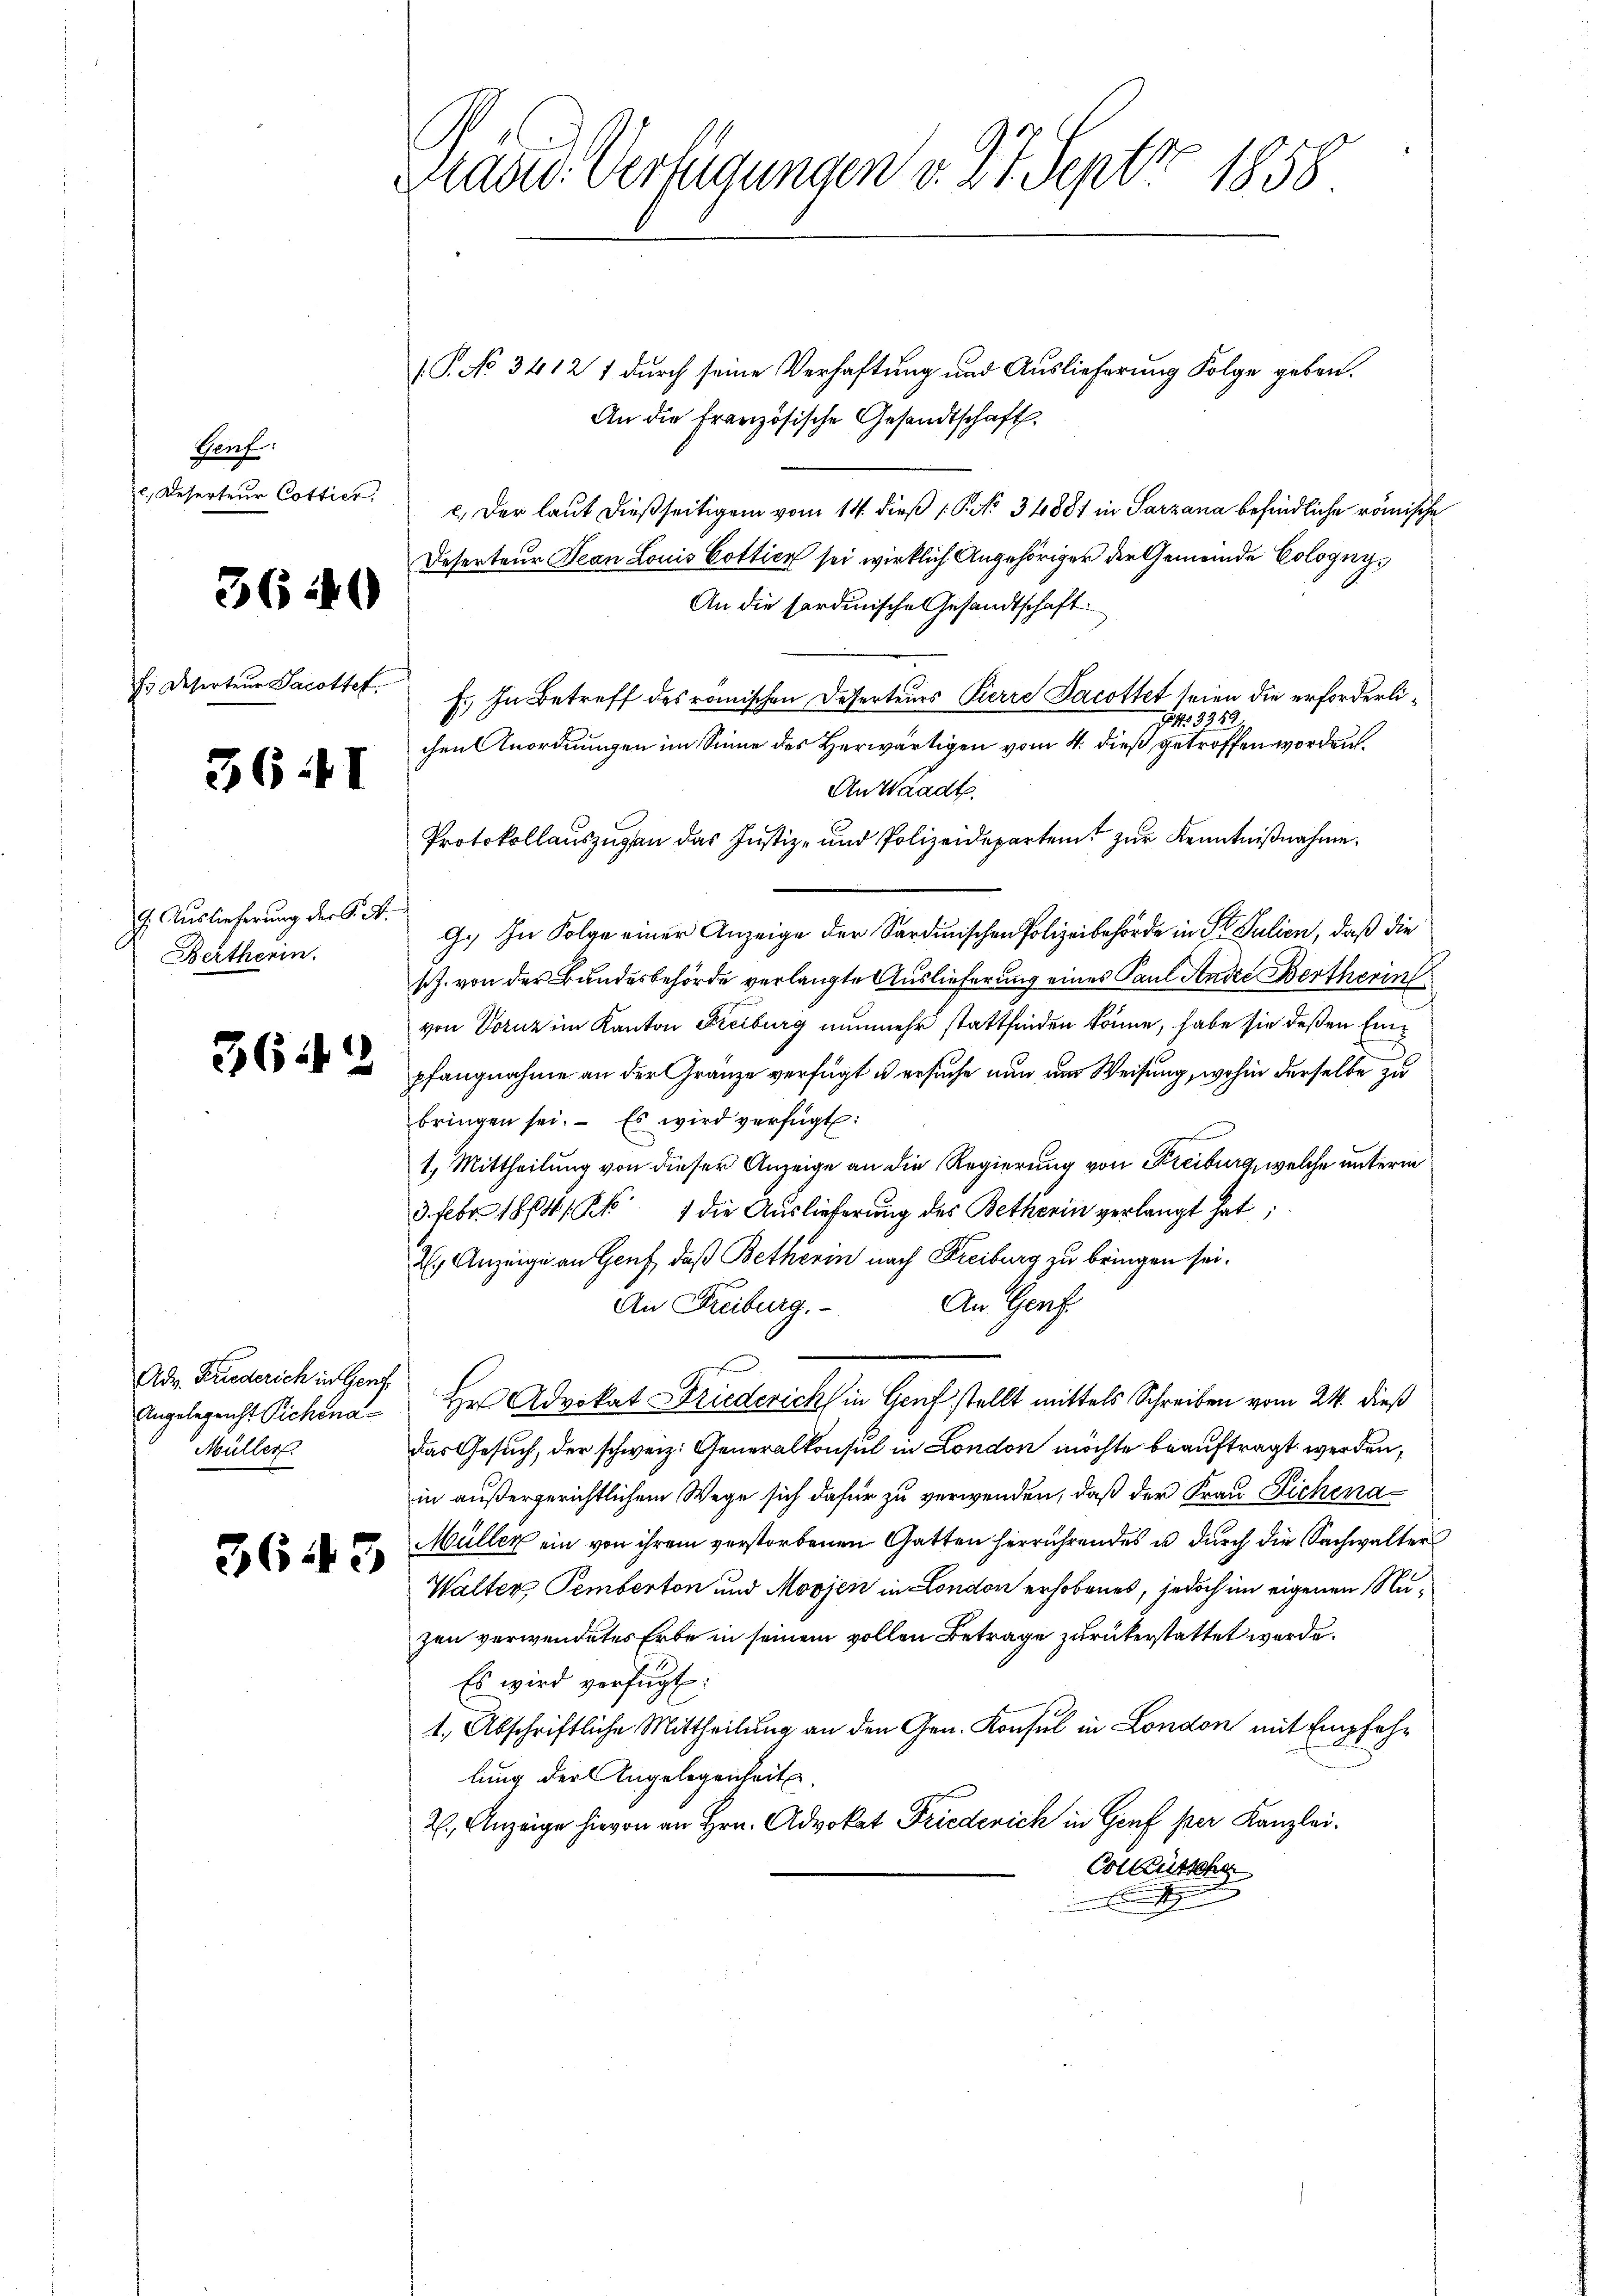
Geuf:
l. Reserteur Cottier

3640

36. I

E. Auslieferung der K. A.
Bertherin.

Adv. Friederich in Genf
Angelegenst Sichena¬
Müller.

3643

Grades Verfügungen v. 27. Septbr. 1858.

(P. No 3412 1 durch seine Verhaftung und Auslieferung Folge geben.
An die Französische Gesandtschaft.
c.) Der laut dießseitigem vom 14. dieß P. No 34881 in Sarzana befindliche römische
Deserteur Jean Louis Cottier sei wirklich Angehöriger der Gemeinde Colognys
An die sardinische Gesandtschaft
Es Deserteur Sacottet. F. In Betreff des römischen Deserteurs Pierre Jacottet seien die erforderli¬
3359
chen Anordnungen im Sinne des Herwärtigen vom 4. dieß getroffen worden.
An Waadt.
Protokollauszugen das Justiz- und Polizeidepartent zur Kenntnißnahme.
G. In Folge einer Anzeige der Sardinischen Polizeibehörde in St. Julien, daß die
sch. von der Bundesbehörde verlangte Auslieferung eines Paul Andre Bertherin
von Doruz im Kanton Freiburg nunmehr stattfinden könne, habe sie deßen Ein¬
 e pfangnahme an der Gränze verfügt es ersuche nun zur Weisung, wohin derselbe zu
bringen sei. Es wird verfügt:
1. Mittheilung von dieser Anzeige an die Regierung von Freiburg, welche unterm
3. Febr. 1814/Kk. 1 die Auslieferung des Betherin verlangt hat;
E. Anzeige an Genf, daß Betherin nach Freiburg zu bringen sei.
An Genf
An Freiburg.
Hr Advokat Driederich in Genf stellt mittels Schreiben vom 24. dieß
das Gesuch, der schweiz. Generalkonsul in London möchte beauftragt werden,
in außergerichtlichem Wege sich dafür zu verwenden, daß der Frau Sichena¬
Müller ein von ihrem verstorbenen Gatten herrührendes u. durch die Sachwalter
Walter Temberton und Movjen in London erhobenes, jedoch im eigenen Nuzen verwendetes Erbe in seinem vollen Betrage zurükerstattet werde.
Es wird verfügt:
1., Abschriftliche Mittheilung an den Gen. Konsul in London mit Empfehlung der Angelegenheit
R., Anzeige hievon an Hrn. Advokat Friederich in Genf per Kanzlei-
Colletsch
e